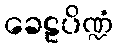
ခေဠပိဏ္ဍံ